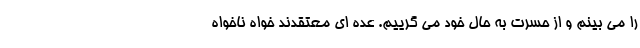
را مي بينم و از حسرت به حال خود می گرییم. عده ای معتقدند خواه ناخواه